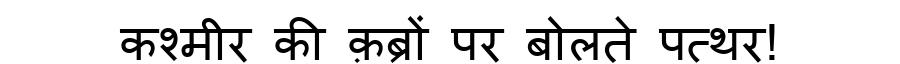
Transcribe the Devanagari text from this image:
कश्मीर की क़ब्रों पर बोलते पत्थर!